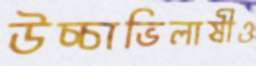
উচ্চাভিলাষীও